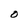
Character: O